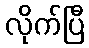
လိုက်ပြီ